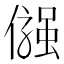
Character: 𠍋